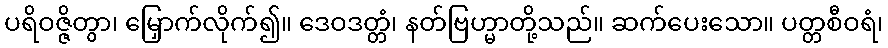
ပရိဝဇ္ဇိတွာ၊ မြှောက်လိုက်၍။ ဒေဝဒတ္တံ၊ နတ်ဗြဟ္မာတို့သည်။ ဆက်ပေးသော။ ပတ္တစီဝရံ၊